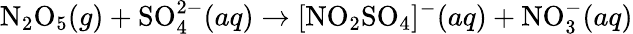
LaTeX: \mathrm{N}_{2}\mathrm{O}_{5}(g)+\mathrm{SO}_{4}^{2-}(aq)\rightarrow[\mathrm{NO}_{2}\mathrm{SO}_{4}]^{-}(aq)+\mathrm{NO}_{3}^{-}(aq)